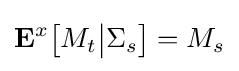
\mathbf {E} ^{x}{\big [}M_{t}{\big |}\Sigma _{s}{\big ]}=M_{s}